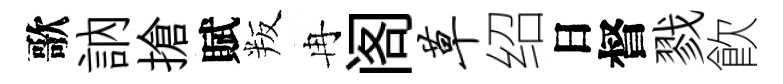
歌訥搶賦叛冉阁草绍日督戮飮